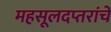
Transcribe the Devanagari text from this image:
महसूलदप्तरांचे